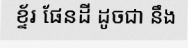
ខ្ទ័រ ផែនដី ដូចជា នឹង